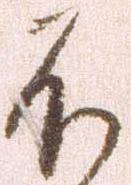
不